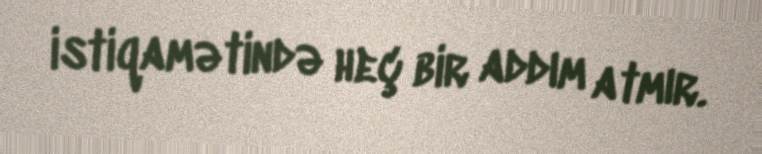
istiqamətində heç bir addım atmır.